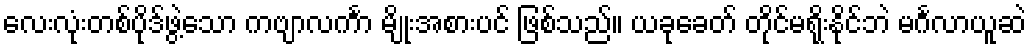
လေးလုံးတစ်ပိုဒ်ဖွဲ့သော ကဗျာလင်္ကာ မျိုးအစားပင် ဖြစ်သည်။ ယခုခေတ် တိုင်မရိုးနိုင်ဘဲ မင်္ဂလာယူဆဲ